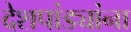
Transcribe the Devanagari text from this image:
देशपांड्यांना